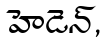
హెడెన్,